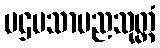
ပဌမသာမညသုတ္တံ